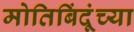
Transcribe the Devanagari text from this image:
मोतिबिंदूंच्या